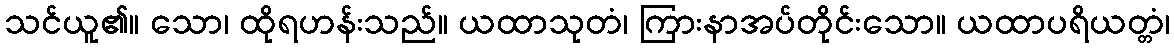
သင်ယူ၏။ သော၊ ထိုရဟန်းသည်။ ယထာသုတံ၊ ကြားနာအပ်တိုင်းသော။ ယထာပရိယတ္တံ၊